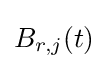
{\textstyle B_{r,j}(t)}